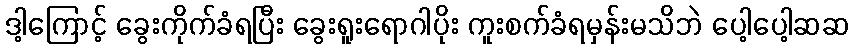
ဒါ့ကြောင့် ခွေးကိုက်ခံရပြီး ခွေးရူးရောဂါပိုး ကူးစက်ခံရမှန်းမသိဘဲ ပေါ့ပေါ့ဆဆ